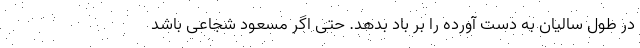
در طول سالیان به دست آورده را بر باد بدهد. حتی اگر مسعود شجاعی باشد